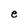
Character: e